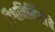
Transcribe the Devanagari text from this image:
विश्वनिर्मितीचे